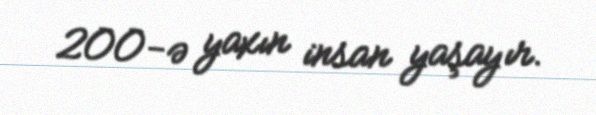
200-ə yaxın insan yaşayır.